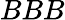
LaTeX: BBB